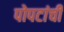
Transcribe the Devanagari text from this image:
पोपटांची